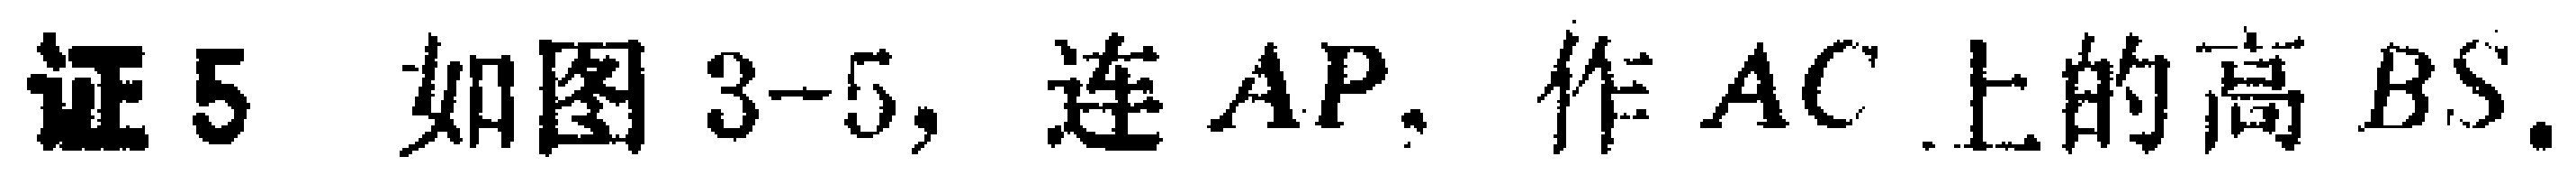
证5. 如图3-5, 连$AP$, 作$AC$上的高$BS$.